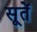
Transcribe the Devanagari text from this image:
सूतें